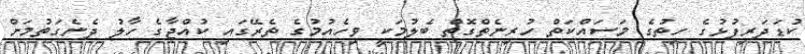
ކުޑަދަރިފުޅުގެ ހިތުގެ މަސައްކަތް ހުރިނެތްގޮތް ބެލުމަކީ ވިހެއުމުގެ ތެރޭގައި ކުއްޖާގެ ހާލު ދެނެގަތުމަށް